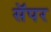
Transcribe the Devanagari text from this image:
सॅपर